Document type: Grant
Year: 1232
Scribe: Berenguer de Clos
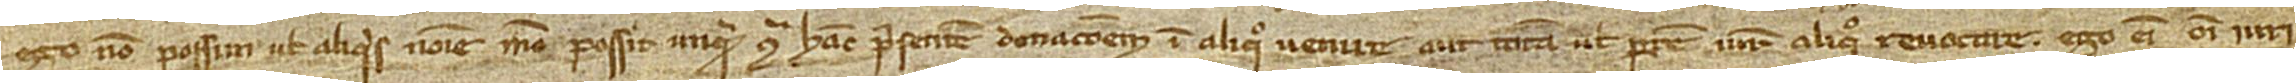
/ ego non possim vel aliquis nomine meo possit unquam contra hanc presentem donacionem in aliquo venire aut totam vel partem iure aliquo revocare. Ego enim omni iuri